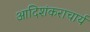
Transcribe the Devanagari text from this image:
आदिशंकराचार्य